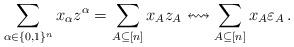
LaTeX: \begin{align*}\sum_{\alpha \in \{0 , 1\}^n} x_{\alpha} z^{\alpha} = \sum_{A\subseteq [n]} x_A z_A \leftrightsquigarrow \sum_{A\subseteq [n]} x_A \varepsilon_A \,.\end{align*}